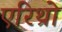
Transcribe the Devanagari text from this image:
एरिथ्रो